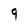
Character: 9